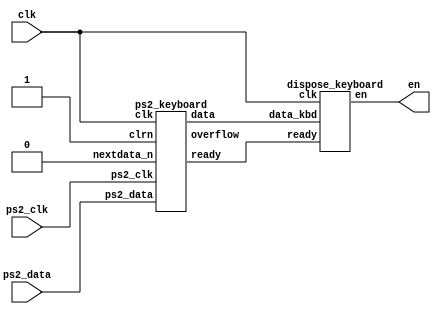
module keyboard(
	input clk, ps2_clk, ps2_data,
	output [9:0] en
);
	
	wire ready, overflow;
	wire [7:0] data_tmp;
	
	ps2_keyboard kbd(clk, 1'b1, ps2_clk, ps2_data, data_tmp, ready, 1'b0, overflow);
	
	dispose_keyboard dsps(clk, ready, data_tmp, en);
	
endmodule

module dispose_keyboard(
	input clk, ready,
	input [7:0] data_kbd,
	output reg [9:0]en
);
	initial begin
		en = 10'h3ff;
	end
	reg [1:0] state = 1'b0;
	reg [3:0] data_num = 4'ha;
	
	always @(*) begin
		case (data_kbd)
			8'h3b: data_num = 4'h0; // A_button: key 'J'
			8'h42: data_num = 4'h1; // B_button: key 'K'
			8'h31, 8'h66: data_num = 4'h2; // Select: key 'N' or 'BACKSPACE'
			8'h3a, 8'h5a: data_num = 4'h3; // Start: key 'M' or 'ENTER'
			8'h23: data_num = 4'h4; // Right: key 'D'
			8'h1c: data_num = 4'h5; // Left: key 'A'
			8'h1d: data_num = 4'h6; // Up: key 'W'
			8'h1b: data_num = 4'h7; // Down: key 'S'
			8'h43: data_num = 4'h8; // Right_shoulder: key 'I'
			8'h3c: data_num = 4'h9; // Left_shoulder: key 'U'
			default: data_num = 4'ha;
		endcase
	end

	always @(posedge clk) begin
		if (ready) begin
			if (state == 0) begin
				if (data_kbd == 8'hf0) state = 1;
				else if (data_num < 4'ha) en[data_num] = 0;
			end else begin
				state = 0;
				if (data_num < 4'ha) en[data_num] = 1;
			end
		end
	end
	
endmodule

module ps2_keyboard(clk,clrn,ps2_clk,ps2_data,data,ready,nextdata_n,overflow);

	input clk,clrn,ps2_clk,ps2_data;
	input nextdata_n;
	output [7:0] data;
	output reg ready;
	output reg overflow; // fifo overflow
	// internal signal, for test
	reg [9:0] buffer; // ps2_data bits
	reg [7:0] fifo[7:0]; // data fifo
	reg [2:0] w_ptr,r_ptr; // fifo write and read pointers
	reg [3:0] count; // count ps2_data bits
	// detect falling edge of ps2_clk
	reg [2:0] ps2_clk_sync;
	
	
	always @(posedge clk) begin
		ps2_clk_sync <= {ps2_clk_sync[1:0],ps2_clk};
	end
	
	wire sampling = ps2_clk_sync[2] & ~ps2_clk_sync[1];
	
	always @(posedge clk) begin
		if (clrn == 0) begin // reset
			count <= 0; w_ptr <= 0; r_ptr <= 0;
			overflow <= 0; ready<= 0; 
		end else if (sampling) begin
			 if (count == 4'd10) begin
				if ((buffer[0] == 0) && // start bit
					 (ps2_data) && // stop bit
					 (^buffer[9:1])) begin // odd parity
					 fifo[w_ptr] <= buffer[8:1]; // kbd scan code
					 w_ptr <= w_ptr+3'b1;
					 ready <= 1'b1;
					 overflow <= overflow | (r_ptr == (w_ptr + 3'b1));
				end
				count <= 0; // for next
				end else begin
					buffer[count] <= ps2_data; // store ps2_data
					count <= count + 3'b1;
				end
		end
		if ( ready ) begin // read to output next data
			if(nextdata_n == 1'b0) begin //read next data
				r_ptr <= r_ptr + 3'b1;
				if(w_ptr==(r_ptr+1'b1)) //empty
					ready <= 1'b0;
			end
		end
	end
	
	assign data = fifo[r_ptr]; //always set output data
	
endmodule